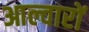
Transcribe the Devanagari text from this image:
आल्वारों